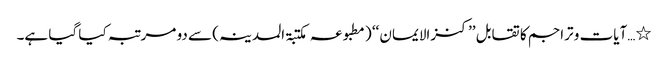
٭…آیات و تراجم کا تقابل ’’ کنزالایمان ‘‘ ( مطبو عہ مکتبۃ المدینہ) سے دو مرتبہ کیا گیا ہے۔